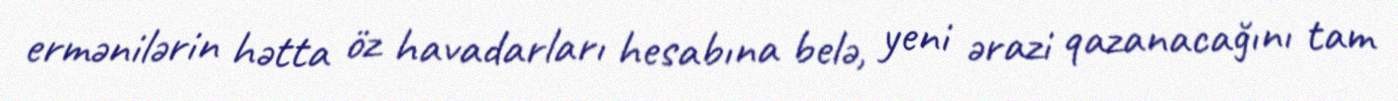
ermənilərin hətta öz havadarları hesabına belə, yeni ərazi qazanacağını tam